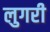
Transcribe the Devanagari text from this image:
लुगरी